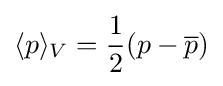
\langle p\rangle _{V}={\frac {1}{2}}(p-{\overline {p}})